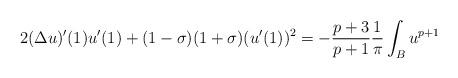
LaTeX: \begin{align*}2(\Delta u)'(1)u'(1)+(1-\sigma)(1+\sigma)(u'(1))^2=-\dfrac{p+3}{p+1}\dfrac{1}{\pi}\int_B u^{p+1}\end{align*}